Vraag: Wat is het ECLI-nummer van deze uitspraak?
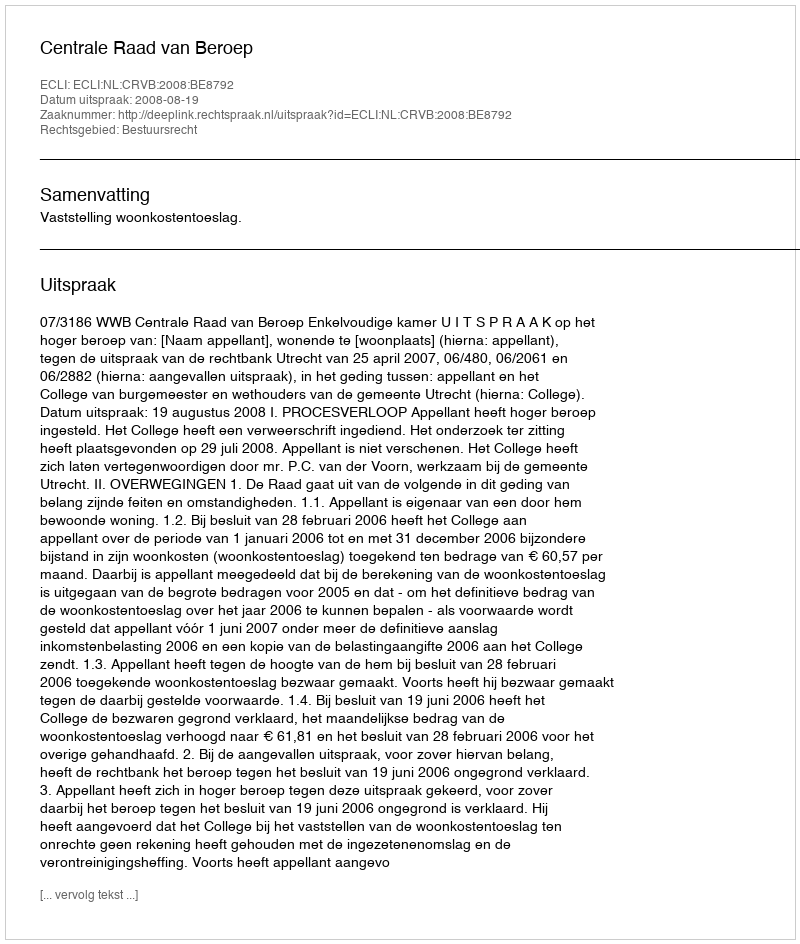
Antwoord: ECLI:NL:CRVB:2008:BE8792